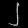
Digit: ၂